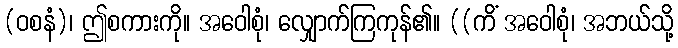
(ဝစနံ)၊ ဤစကားကို။ အဝေါစုံ၊ လျှောက်ကြကုန်၏။ ((ကိံ အဝေါစုံ၊ အဘယ်သို့